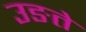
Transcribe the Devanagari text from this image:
उङते